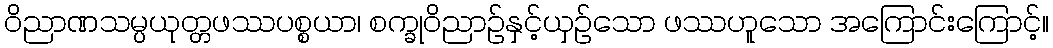
ဝိညာဏသမ္ပယုတ္တဖဿပစ္စယာ၊ စက္ခုဝိညာဉ်နှင့်ယှဉ်သော ဖဿဟူသော အကြောင်းကြောင့်။